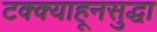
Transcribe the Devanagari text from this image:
टक्क्याहूनसुद्धा